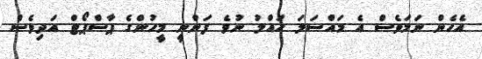
އެހެން ނަމަވެސް އެ މައްސަލަ ހައްލު ނުވެ ފަންނީ މީހުންގެ ޕާސްޕޯޓް އަދިވެސް